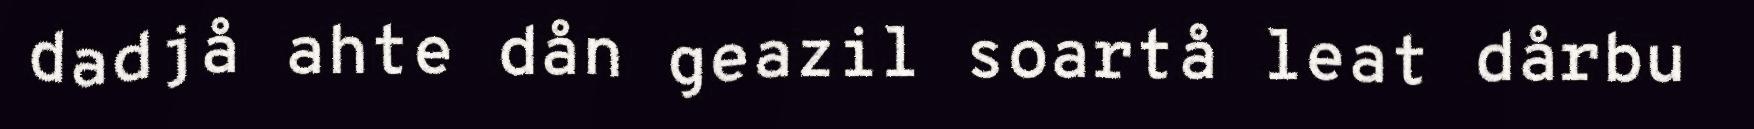
dadjå ahte dån geazil soartå leat dårbu